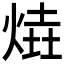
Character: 𤋑